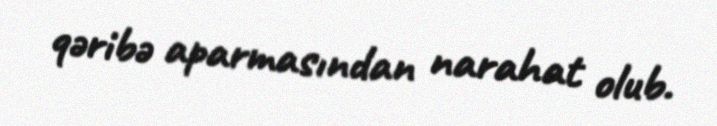
qəribə aparmasından narahat olub.